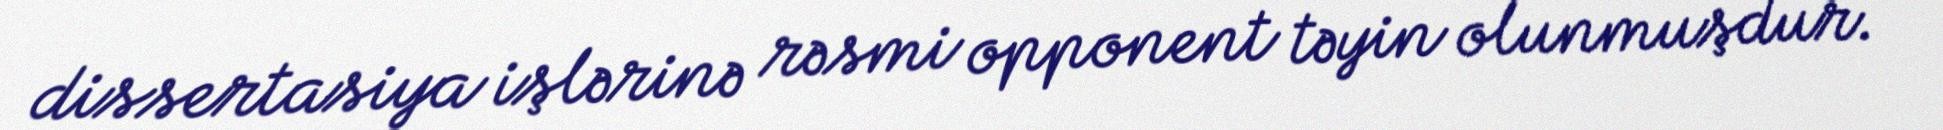
dissertasiya işlərinə rəsmi opponent təyin olunmuşdur.